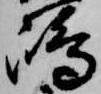
嶋